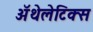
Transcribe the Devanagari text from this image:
ॲथेलेटिक्स